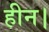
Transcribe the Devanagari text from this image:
हीन।